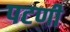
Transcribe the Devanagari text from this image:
पटणी